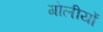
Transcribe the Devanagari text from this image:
गोलीयों